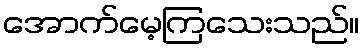
အောက်မေ့ကြသေးသည်။